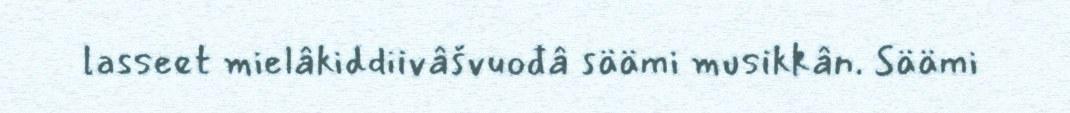
lasseet mielâkiddiivâšvuođâ säämi musikkân. Säämi